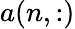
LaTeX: a(n,:)